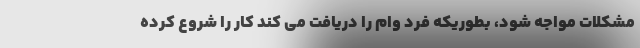
مشکلات مواجه شود، بطوریکه فرد وام را دریافت می کند کار را شروع کرده